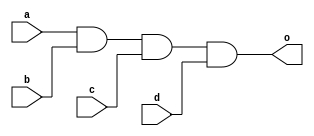

module nali_and (a,b,c,d,o);
input a,b,c,d;
output o;

	assign o = a & b & c & d ;

endmodule